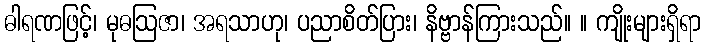
ဓါရဏဖြင့်၊ မုဓဩဇာ၊ အရသာဟု၊ ပညာစိတ်ပြား၊ နိဗ္ဗာန်ကြားသည်။ ။ ကျိုးများရှိရာ